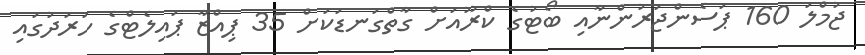
ޖުމްލަ 160 ޕަސެންޖަރުންނާއި ބޯޓުގެ ކްރޫއަށް ގާތްގަނޑަކަށް 35 ޕިއްޒާ ޕައިލެޓްގެ ހަރަދުގައި